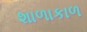
શાળાકાળ